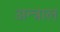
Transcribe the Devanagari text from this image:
अन्त्राल